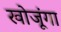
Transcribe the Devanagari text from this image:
खोजूंगा